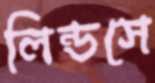
লিন্ডসে